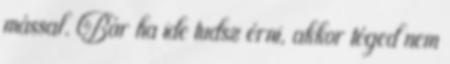
mással. Bár ha ide tudsz érni, akkor téged nem